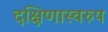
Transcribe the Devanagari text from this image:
दक्षिणास्वरुप